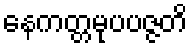
နေကတ္တမုပပဇ္ဇတိ